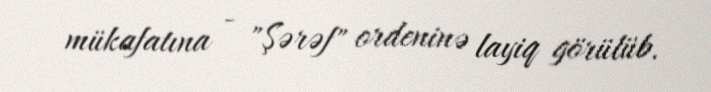
mükafatına - "Şərəf" ordeninə layiq görülüb.